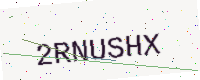
Text: 2RNUSHX